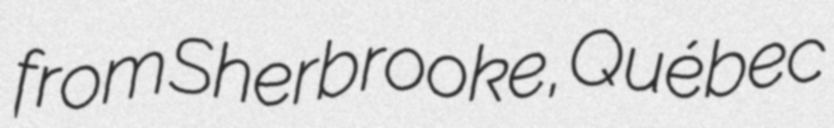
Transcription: from Sherbrooke, Québec